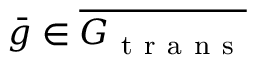
\bar { g } \in \overline { { G _ { \mathrm { ~ t ~ r ~ a ~ n ~ s ~ } } } }